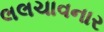
લલચાવનાર